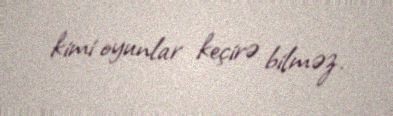
kimi oyunlar keçirə bilməz.